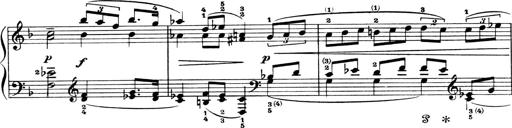
Title: 4 Sonatines
Composer: Max Reger